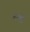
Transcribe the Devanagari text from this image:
रखु